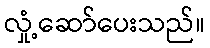
လှုံ့ဆော်ပေးသည်။